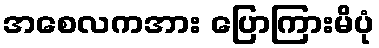
အစေလကအား ပြောကြားမိပုံ